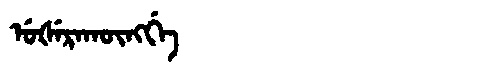
Manchu: ᡠᡧᡝᡵᠠᡴᡡᠩᡤᡝ
Romanization: UŠERAKŪNGGE